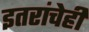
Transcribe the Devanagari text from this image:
इतरांचेही